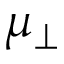
\mu _ { \perp }